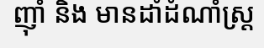
ញ៉ាំ និង មានដាំដំណាំស្ត្រ